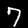
Digit: 7